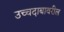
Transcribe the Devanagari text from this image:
उच्चदाबावरील